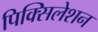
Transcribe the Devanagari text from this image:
पिक्सिलेशन